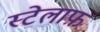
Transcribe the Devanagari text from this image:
स्टेलाफ़